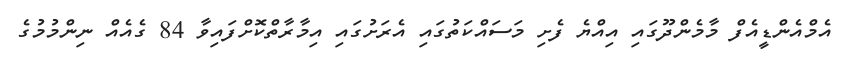
އެމްއެންޑީއެފް މާމެންދޫގައި އިއްޔެ ފެށި މަސައްކަތުގައި އެރަށުގައި އިމާރާތްކޮށްފައިވާ 84 ގެއެއް ނިންމުމުގެ